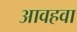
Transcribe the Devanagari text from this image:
आवहवा